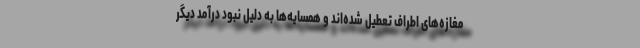
مغازه‌های اطراف تعطیل شده‌اند و همسایه‌ها به دلیل نبود درآمد دیگر